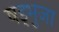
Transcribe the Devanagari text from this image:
षड्भुजा